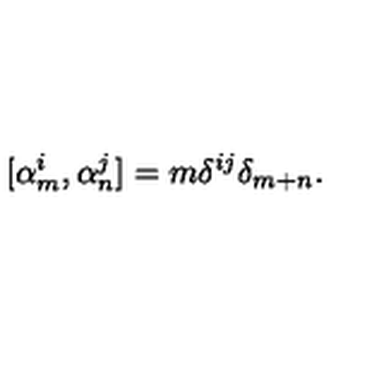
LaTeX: [ \alpha _ { m } ^ { i } , \alpha _ { n } ^ { j } ] = m \delta ^ { i j } \delta _ { m + n } .